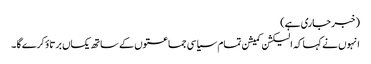
(خبر جاری ہے)
انہوں نے کہا کہ الیکشن کمیشن تمام سیاسی جماعتوں کے ساتھ یکساں برتاؤ کرے گا ۔